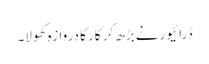
ڈرائیور نے بڑھ کر کار کا دروازہ کھولا۔